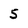
Character: 5